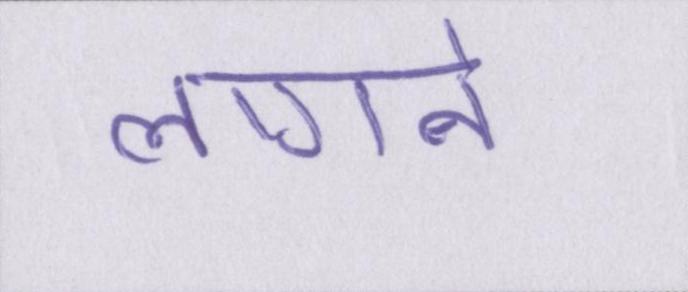
लागने